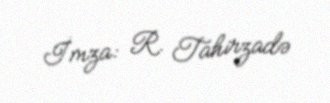
İmza: R. Tahirzadə